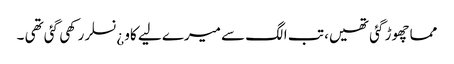
مما چھوڑ گئی تھیں، تب الگ سے میرے لیے کاو ¿نسلر رکھی گئی تھی ۔